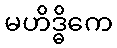
မဟိဒ္ဓိကေ